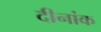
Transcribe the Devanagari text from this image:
दीनांक